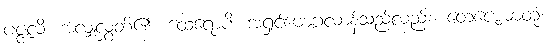
ပဇ္ဇလိ၊ အလျှံလွှတ်၏။ ထေရောပိ၊ အရှင်မောဂ္ဂလာန်သည်လည်း။ တေဇောဓာတုံ၊